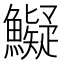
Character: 𩼨